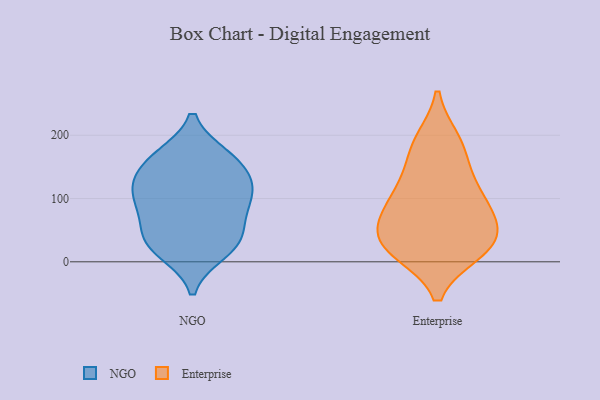
{"axis": {"x": "Page Views", "y": "Value"}, "legend": ["Enterprise", "NGO"], "data": [{"x": "", "y": 68, "type": "NGO"}, {"x": "", "y": 157, "type": "NGO"}, {"x": "", "y": 129, "type": "NGO"}, {"x": "", "y": 16, "type": "NGO"}, {"x": "", "y": 41, "type": "NGO"}, {"x": "", "y": 101, "type": "NGO"}, {"x": "", "y": 28, "type": "NGO"}, {"x": "", "y": 88, "type": "NGO"}, {"x": "", "y": 115, "type": "NGO"}, {"x": "", "y": 114, "type": "NGO"}, {"x": "", "y": 30, "type": "NGO"}, {"x": "", "y": 164, "type": "NGO"}, {"x": "", "y": 166, "type": "NGO"}, {"x": "", "y": 191, "type": "Enterprise"}, {"x": "", "y": 33, "type": "Enterprise"}, {"x": "", "y": 73, "type": "Enterprise"}, {"x": "", "y": 111, "type": "Enterprise"}, {"x": "", "y": 150, "type": "Enterprise"}, {"x": "", "y": 84, "type": "Enterprise"}, {"x": "", "y": 37, "type": "Enterprise"}, {"x": "", "y": 110, "type": "Enterprise"}, {"x": "", "y": 186, "type": "Enterprise"}, {"x": "", "y": 17, "type": "Enterprise"}, {"x": "", "y": 25, "type": "Enterprise"}, {"x": "", "y": 17, "type": "Enterprise"}, {"x": "", "y": 64, "type": "Enterprise"}]}